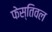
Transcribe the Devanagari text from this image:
फेस्तिवल